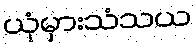
ယုံမှားသံသယ